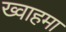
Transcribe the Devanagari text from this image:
ख्वाहमा